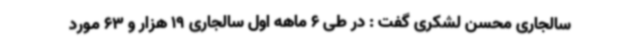
سالجاری محسن لشکری گفت : در طی 6 ماهه اول سالجاری 19 هزار و 63 مورد